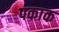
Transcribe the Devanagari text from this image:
पकाक